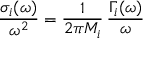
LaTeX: \frac { \sigma _ { i } ( \omega ) } { \omega ^ { 2 } } = \frac { 1 } { 2 \pi M _ { i } } \, \frac { \Gamma _ { i } ( \omega ) } { \omega }